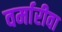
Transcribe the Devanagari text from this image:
वर्मारीवा